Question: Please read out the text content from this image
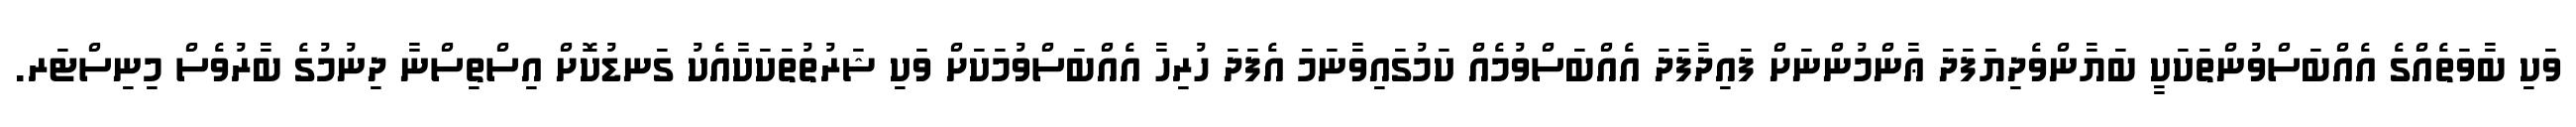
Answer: ވަކި ބާވަތެއްގެ އެއްބަސްވުންތަކަކީ ބަޔާންވެދިޔަފަދަ ޢާންމުންނަށް ފައިދާފަދަ އެއްބަސްވުމެއް ކަމުގައިވާނަމަ އެފަދަ ހުރިހާ އެއްބަސްވުމަކަށް ވަކި ޝަރުތުތަކަކާއެކު ގަނޑުކޮށް އިސްތިސްނާ ދިނުމުގެ ބާރުވެސް މިނިސްޓަރ.